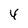
Character: 4